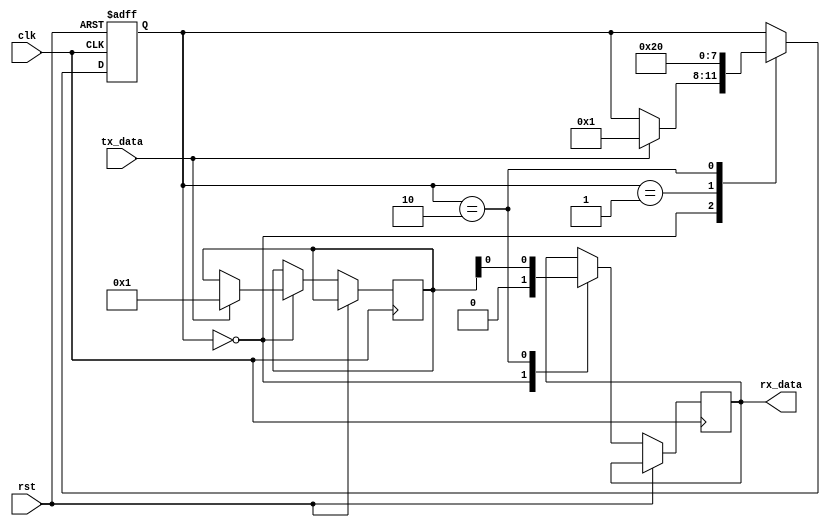
module Ethernet_bus_controller(
    input wire clk,
    input wire rst,
    input wire tx_data,
    output reg rx_data
);

reg [7:0] packet_data;
reg [3:0] state;

parameter IDLE = 0;
parameter TRANSMIT = 1;
parameter RECEIVE = 2;

always @(posedge clk or posedge rst) begin
    if (rst) begin
        state <= IDLE;
    end else begin
        case (state)
            IDLE: begin
                rx_data <= 0;
                if (tx_data) begin
                    packet_data <= tx_data;
                    state <= TRANSMIT;
                end
            end
            
            TRANSMIT: begin
                // Timing logic for transmitting data packet
                // Synchronization logic with other devices on the bus
                state <= RECEIVE;
            end
            
            RECEIVE: begin
                // Timing logic for receiving data packet
                // Synchronization logic with other devices on the bus
                rx_data <= packet_data;
                state <= IDLE;
            end
        endcase
    end
end

endmodule